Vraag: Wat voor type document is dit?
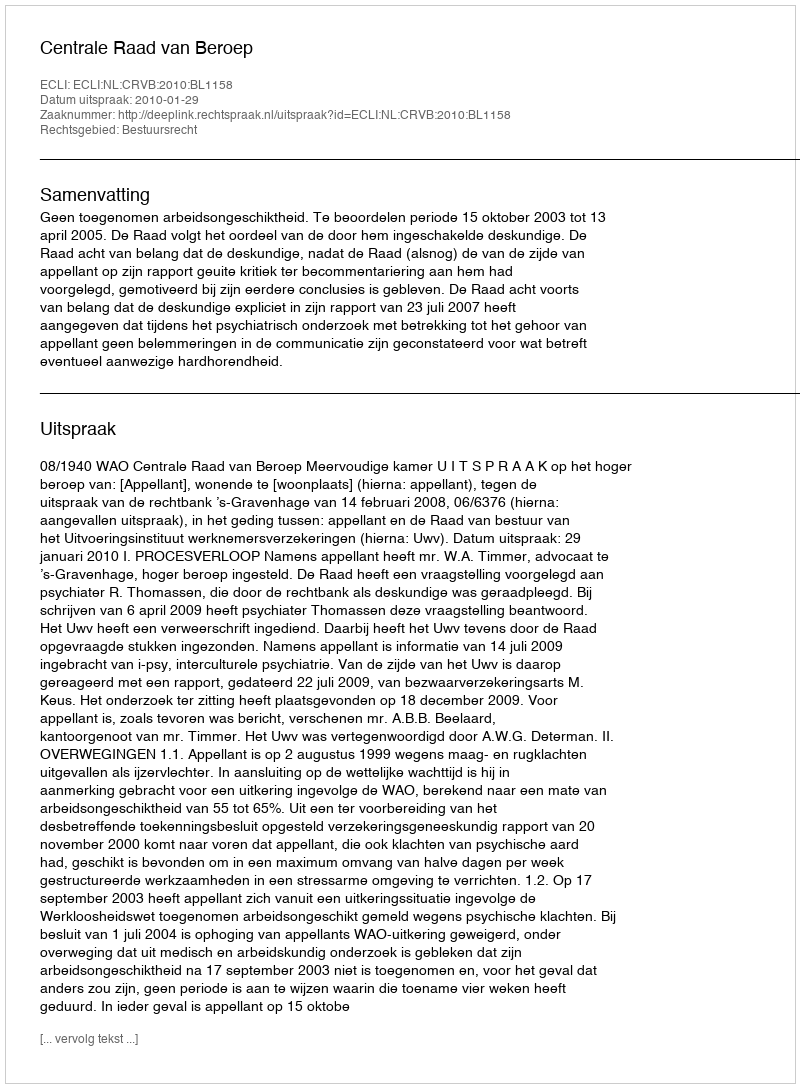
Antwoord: Uitspraak